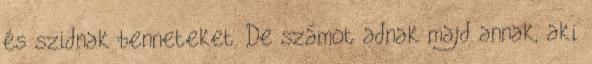
és szidnak benneteket. De számot adnak majd annak, aki